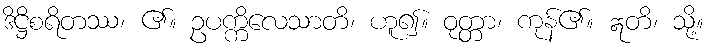
ဒိဋ္ဌိစရိတဿ၊ ၏။ ဥပက္ကိလေသာတိ၊ ဟူ၍။ ဝုတ္တာ၊ ကုန်၏။ ဣတိ၊ သို့။